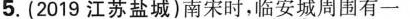
5.(2019江苏盐城)南宋时，临安城周围有一